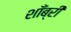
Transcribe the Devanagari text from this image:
शाँब्री